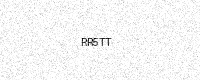
Text: RR5TT